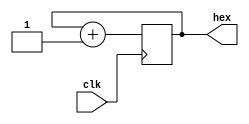
module cnthex( input wire clk, output reg [7:0]hex);

initial begin
    hex = 0;
end

always @(posedge clk)
begin
	//hex <= (hex === 8'hff) ? 8'h0 : hex + 8'h1;
	hex <= hex + 8'h1;
end

endmodule